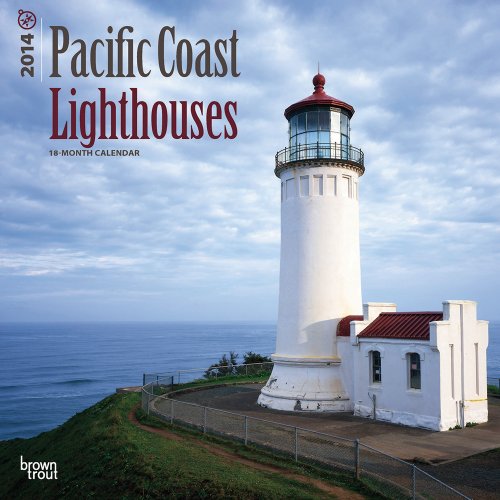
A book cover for Pacific Coast Lighthouses Calendar (Multilingual Edition); Calendars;